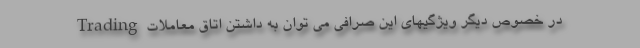
در خصوص ديگر ويژگيهاي اين صرافي مي توان به داشتن اتاق معاملات Trading